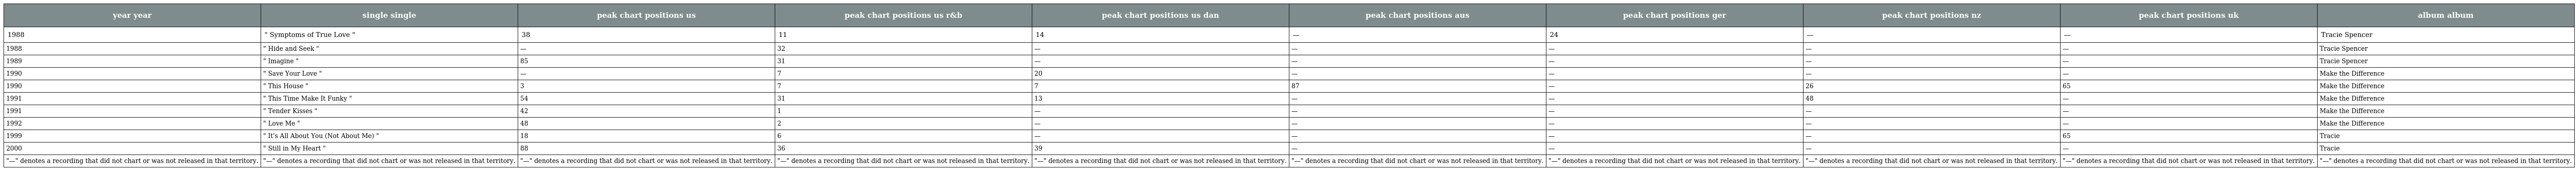
| year year | single single | peak chart positions us | peak chart positions us r&b | peak chart positions us dan | peak chart positions aus | peak chart positions ger | peak chart positions nz | peak chart positions uk | album album |
 | --- | --- | --- | --- | --- | --- | --- | --- | --- | --- |
 | 1988 | " Symptoms of True Love " | 38 | 11 | 14 | — | 24 | — | — | Tracie Spencer |
 | 1988 | " Hide and Seek " | — | 32 | — | — | — | — | — | Tracie Spencer |
 | 1989 | " Imagine " | 85 | 31 | — | — | — | — | — | Tracie Spencer |
 | 1990 | " Save Your Love " | — | 7 | 20 | — | — | — | — | Make the Difference |
 | 1990 | " This House " | 3 | 7 | 7 | 87 | — | 26 | 65 | Make the Difference |
 | 1991 | " This Time Make It Funky " | 54 | 31 | 13 | — | — | 48 | — | Make the Difference |
 | 1991 | " Tender Kisses " | 42 | 1 | — | — | — | — | — | Make the Difference |
 | 1992 | " Love Me " | 48 | 2 | — | — | — | — | — | Make the Difference |
 | 1999 | " It's All About You (Not About Me) " | 18 | 6 | — | — | — | — | 65 | Tracie |
 | 2000 | " Still in My Heart " | 88 | 36 | 39 | — | — | — | — | Tracie |
 | "—" denotes a recording that did not chart or was not released in that territory. | "—" denotes a recording that did not chart or was not released in that territory. | "—" denotes a recording that did not chart or was not released in that territory. | "—" denotes a recording that did not chart or was not released in that territory. | "—" denotes a recording that did not chart or was not released in that territory. | "—" denotes a recording that did not chart or was not released in that territory. | "—" denotes a recording that did not chart or was not released in that territory. | "—" denotes a recording that did not chart or was not released in that territory. | "—" denotes a recording that did not chart or was not released in that territory. | "—" denotes a recording that did not chart or was not released in that territory. |